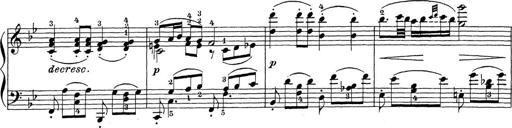
Title: Sonatina Album
Composer: Louis KÃ¶hler